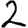
Digit: 2